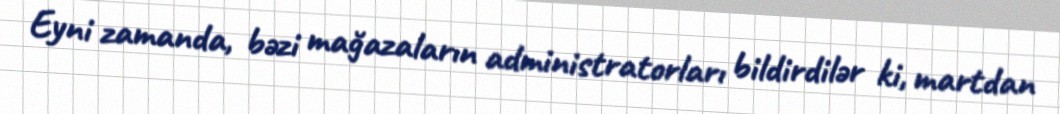
Eyni zamanda, bəzi mağazaların administratorları bildirdilər ki, martdan